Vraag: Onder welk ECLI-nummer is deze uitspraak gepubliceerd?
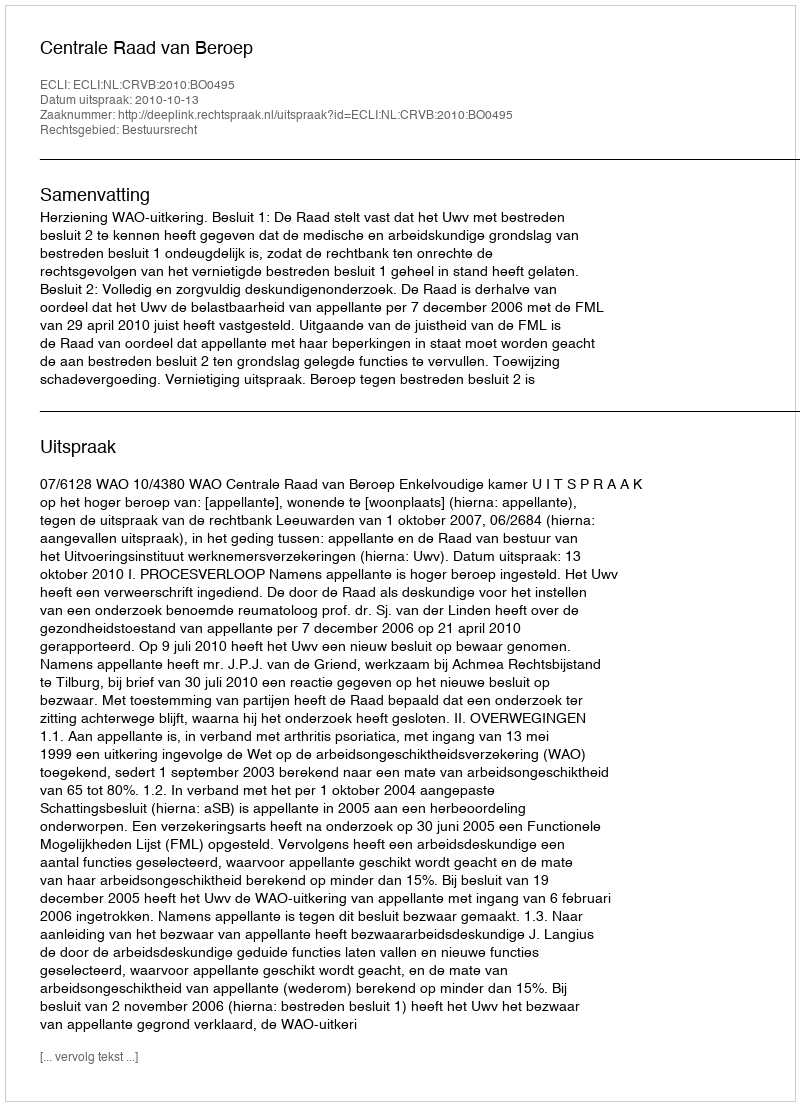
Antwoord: ECLI:NL:CRVB:2010:BO0495